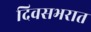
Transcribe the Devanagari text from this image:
दिवसभरात